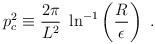
LaTeX: \begin{align*}p_c^2\equiv {2\pi \over L^2}~\ln^{-1}\left(R\over\epsilon\right)~.\end{align*}